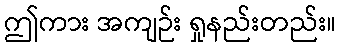
ဤကား အကျဉ်း ရှုနည်းတည်း။